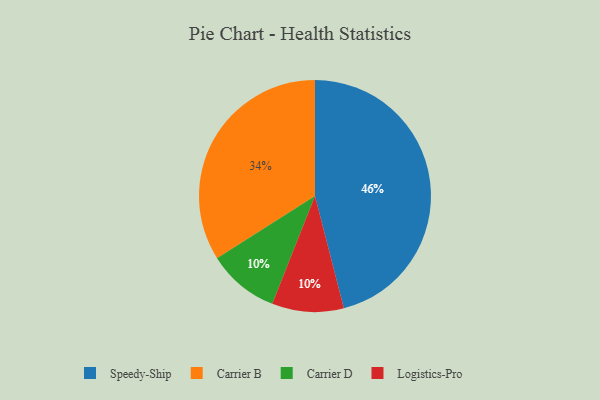
{"axis": {"x": "Category", "y": "Percentage"}, "legend": ["Carrier B", "Carrier D", "Logistics-Pro", "Speedy-Ship"], "data": [{"x": "Carrier D", "y": 10, "type": "Carrier D"}, {"x": "Carrier B", "y": 34, "type": "Carrier B"}, {"x": "Logistics-Pro", "y": 10, "type": "Logistics-Pro"}, {"x": "Speedy-Ship", "y": 46, "type": "Speedy-Ship"}]}